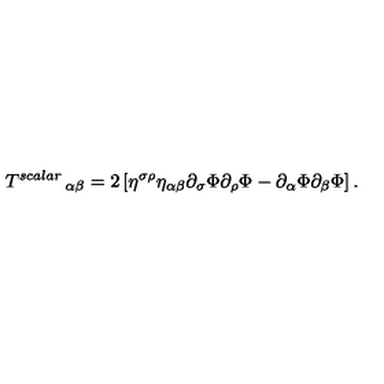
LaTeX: \left. T ^ { s c a l a r } \right. _ { \alpha \beta } = 2 \left[ \eta ^ { \sigma \rho } \eta _ { \alpha \beta } \partial _ { \sigma } \Phi \partial _ { \rho } \Phi - \partial _ { \alpha } \Phi \partial _ { \beta } \Phi \right] .